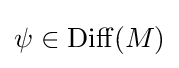
\psi \in \mathrm {Diff} (M)